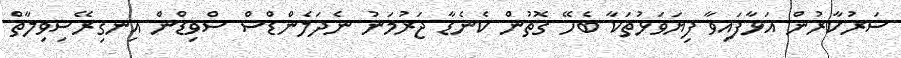
ސަރުކާރުން އަޅާފައިވާ ފިޔަވަޅުތަކާ ބެހޭ ގޮތުން ކެނެޑާ ޖަރުމަނު ނެދަލެންޑްސް ސްވިޑްން އިނގިރޭސިވިލާތް